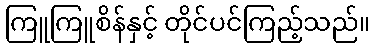
ကြူကြူစိန်နှင့် တိုင်ပင်ကြည့်သည်။